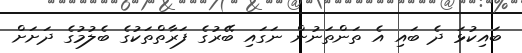
ބައިކުޅަ ދެ ބައި އެ ތަންތަނުން ނަގައި ބޭރުގެ ފަރާތްތަކުގެ ބެލުމުގެ ދަށަށް